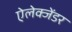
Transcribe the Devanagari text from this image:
ऐलेक्जेंडर